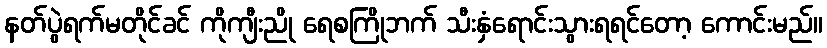
နတ်ပွဲရက်မတိုင်ခင် ကိုကျီးညို ရေစကြိုဘက် သီးနှံရောင်းသွားရရင်တော့ ကောင်းမည်။